Insane asylums in Bengal annual reports 1876-1887 - 1876-1887
Year: 1876
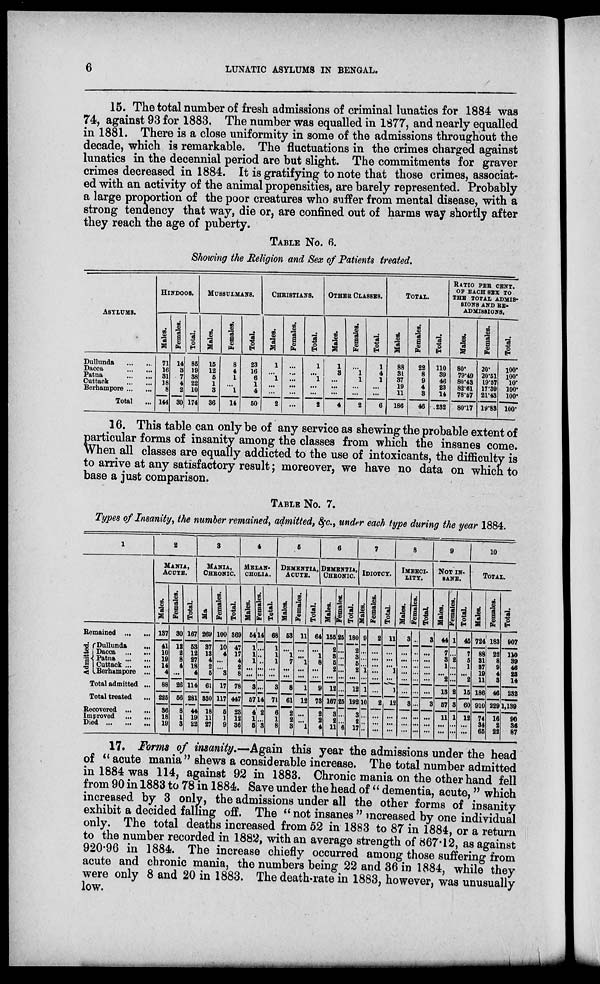
6
LUNATIC ASYLUMS IN BENGAL.
15. The total number of fresh admissions of criminal lunatics for 1884 was
74, against 93 for 1883. The number was equalled in 1877, and nearly equalled
in 1881. There is a close uniformity in some of the admissions throughout the
decade, which is remarkable. The fluctuations in the crimes charged against
lunatics in the decennial period are but slight. The commitments for grayer
crimes decreased in 1884. It is gratifying to note that those crimes, associat-
ed with an activity of the animal propensities, are barely represented. Probably
a large proportion of the poor creatures who suffer from mental disease, with a
strong tendency that way, die or, are confined out of harms way shortly after
they reach the age of puberty.
TABLE NO. 6.
Showing the Religion and Sex of Patients treated.
ASYLUMS.
Dullunda
...
...
Dacca ... ...
Patna
...
...
Cuttack
...
...
Berhampore ... ...
Total ...
HINDOOS.
Males.
71
16
31
18
8
144
Females.
14
3
7
4
2
30
Total.
85
19
38
22
10
174
MUSSULMANS.
Males.
15
12
5
1
3
36
Females.
8
4
1
...
1
14
Total.
23
16
6
1
4
50
CHRISTIANS.
Males.
1
...
1
...
...
2
Females.
...
...
...
...
...
...
Total.
1
...
1
...
...
2
OTHER CLASSES.
Males.
1
3
...
...
...
4
Females.
...
1
1
...
...
2
Total.
1
4
1
...
...
6
TOTAL.
Males.
88
31
37
19
11
186
Females.
22
8
9
4
3
46
Total.
110
39
46
23
14
232
RATIO PER CENT.
OF EACH SEX TO
THE TOTAL ADMIS-
SIONS AND RE-
ADMISSIONS.
Males.
80.
79.49
80.43
82.61
78.57
80.17
Females.
20.
20.51
19.57
17.39
21.43
19.83
Total.
100.
100.
10.
100.
100.
100.
16. This table can only be of any service as shewing the probable extent of
particular forms of insanity among the classes from which the insanes come.
When all classes are equally addicted to the use of intoxicants, the difficulty is
to arrive at any satisfactory result; moreover, we have no data on which to
base a just comparison.
TABLE No. 7.
Types of Insanity, the number remained, admitted, &c., under each type during the year 1884.
1
Remained
...
...
Admitted.
Dullunda ...
Dacca
...
...
Patna
...
...
Cuttack ... ...
Berhampore ...
Total admitted ...
Total treared ...
Recovered ... ...
Improved
...
...
Died
...
...
...
2
MANIA,
ACUTE.
Males.
137
41
10
19
14
4
88
225
36
18
19
Females.
30
12
2
8
4
...
26
56
8
1
3
Total.
167
53
12
27
18
4
114
281
44
19
22
3
MANIA,
CHRONIC.
Male.
269
37
13
4
2
5
61
330
18
11
27
Females.
100
10
4
...
...
3
17
117
5
1
9
Total.
369
47
17
4
2
8
78
447
23
12
36
4
MELAN-
------.
Males.
54
1
1
1
...
...
3
57
4
1
5
Females.
14
...
...
...
...
...
...
14
2
...
3
Total.
68
1
1
1
...
...
3
71
6
1
8
5
DEMENTIA,
ACUTE.
Males.
53
...
1
7
...
...
8
61
2
2
3
Females.
11
...
...
1
...
...
1
12
...
...
1
Total.
64
...
1
8
...
...
9
73
2
2
4
6
DEMENTIA.
CHRONIC.
Males.
155
2
3
5
2
...
12
167
3
2
11
Females.
25
...
...
...
...
...
...
25
...
...
6
Total.
180
2
3
5
2
...
12
192
3
2
17
7
IDIOTCY.
Males.
9
...
...
...
1
...
1
10
...
...
...
Females.
2
...
...
...
...
...
...
2
...
...
...
Total.
11
...
...
...
1
...
1
12
...
...
...
8
IMBECI-
----.
Males.
3
...
...
...
...
...
...
3
...
...
...
Females.
...
...
...
...
...
...
...
...
...
...
...
Total
3
...
...
...
...
...
...
3
...
...
...
9
NOT IN-
SANE.
Males.
44
7
3
1
...
2
13
57
11
...
...
Females.
1
...
2
...
...
...
2
3
1
...
...
Total.
45
7
5
1
...
2
15
60
12
...
...
10
TOTAL.
Males.
724
88
31
37
19
11
186
910
74
34
65
Females.
183
22
8
9
4
3
46
229
16
2
22
Total.
907
110
39
46
23
14
232
1,139
90
36
87
17. Forms of insanity.—Again this year the admissions under the head
of " acute mania" shews a considerable increase. The total number admitted
in 1884 was 114, against 92 in 1883. Chronic mania on the other hand fell
from 90 in 1883 to 78 in 1884. Save under the head of " dementia, acute," which
increased by 3 only, the admissions under all the other forms of insanity
exhibit a decided falling off. The "not insanes " increased by one individual
only. The total deaths increased from 52 in 1883 to 87 in 1884, or a return
to the number recorded in 1882, with an average strength of 867.12, as against
920.96 in 1884. The increase chiefly occurred among those suffering from
acute and chronic mania, the numbers being 22 and 36 in 1884, while they
were only 8 and 20 in 1883. The death-rate in 1883, however, was unusually
low.